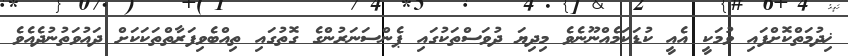
ޚިދުމަތްކޮށްފައި ވުމަކީ އެއީ ކުޑަކަމެއްނޫނެވެ މިދިޔަ ދުވަސްތަކުގައި ޕެންސަނަރުންގެ ގޮތުގައި ތިއްބެވިފަރާތްތަކަކަށް ދައުވަތުނުދެއެވެ